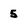
Character: 5